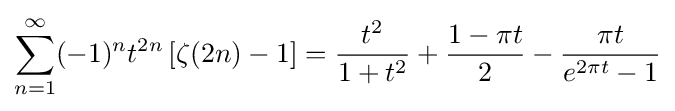
\sum _{n=1}^{\infty }(-1)^{n}t^{2n}\left[\zeta (2n)-1\right]={\frac {t^{2}}{1+t^{2}}}+{\frac {1-\pi t}{2}}-{\frac {\pi t}{e^{2\pi t}-1}}